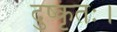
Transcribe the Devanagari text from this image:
दुष्कृतः।